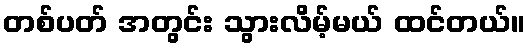
တစ်ပတ် အတွင်း သွားလိမ့်မယ် ထင်တယ်။